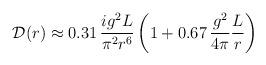
LaTeX: \begin{align*}{\cal D}(r) \approx 0.31 \,\frac{ig^2L}{\pi^2r^6}\left(1+ 0.67 \,\frac{g^2}{4\pi}\frac{L}{r} \right)\end{align*}